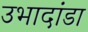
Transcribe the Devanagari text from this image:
उभादांडा